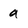
Character: a